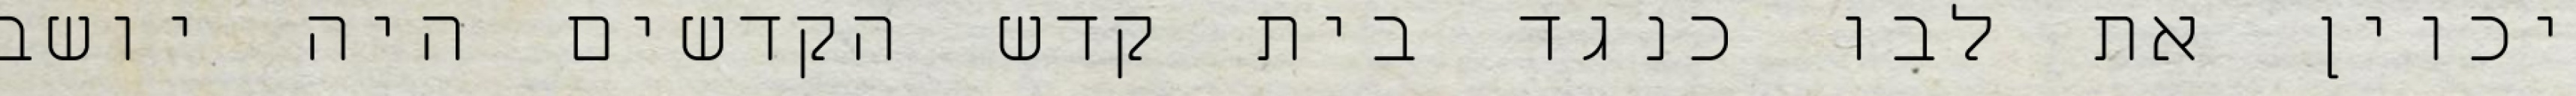
יכוין את לבו כנגד בית קדש הקדשים היה יושב